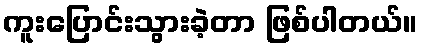
ကူးပြောင်းသွားခဲ့တာ ဖြစ်ပါတယ်။